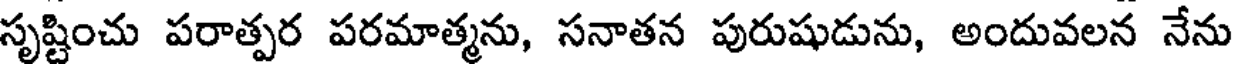
సృష్టించు పరాత్పర పరమాత్మను, సనాతన పురుషుడును, అందువలన నేను